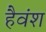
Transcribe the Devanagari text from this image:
हैवंश